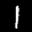
Label: 1